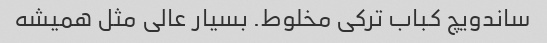
ساندویچ کباب ترکی مخلوط. بسیار عالی مثل همیشه